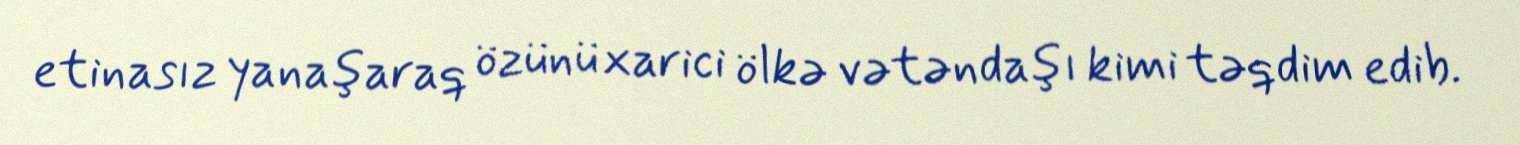
etinasız yanaşaraq özünü xarici ölkə vətəndaşı kimi təqdim edib.